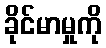
ခိုင်မာမှုကို